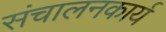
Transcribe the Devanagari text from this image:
संचालनकार्य